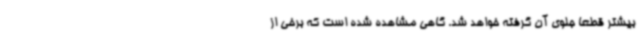
بیشتر قطعا جلوی آن گرفته خواهد شد. گاهی مشاهده شده است که برخی از